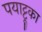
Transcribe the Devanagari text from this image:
पयाट्टूका